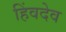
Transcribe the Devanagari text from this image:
हिंवदेव